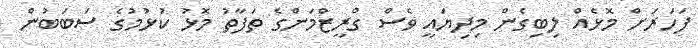
ފަހަރަށް މޮޅެއް ލިބިގެން މިދިޔައީ ވެސް ގްރީޒްމަންގެ ތަފާތު މޮޅު ކުޅުމުގެ ސަބަބުން